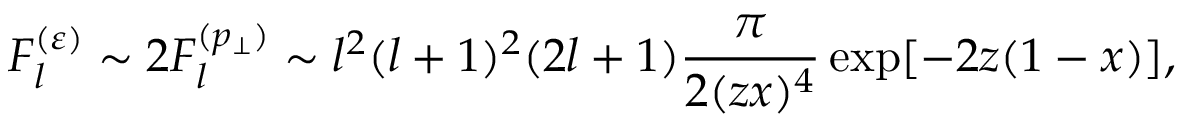
F _ { l } ^ { ( \varepsilon ) } \sim 2 F _ { l } ^ { ( p _ { \perp } ) } \sim l ^ { 2 } ( l + 1 ) ^ { 2 } ( 2 l + 1 ) \frac { \pi } { 2 ( z x ) ^ { 4 } } \exp [ - 2 z ( 1 - x ) ] ,